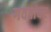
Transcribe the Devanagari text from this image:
गवतांवर